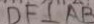
D F \bot A B